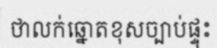
ថាលក់ឆ្នោតខុសច្បាប់ផ្ទុះ